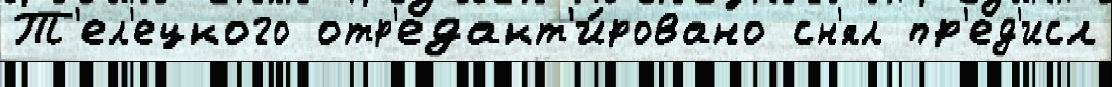
Т'ел'ецкого отр'едакт'и́ровано сн'ял пр'ед'исл